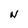
Character: N